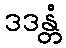
ဒဒန္တံ